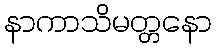
နာကာသိမတ္တနော